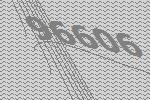
96606